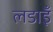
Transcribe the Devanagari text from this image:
लडाइँ